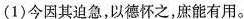
(1) 今因其迫急，以德怀之，庶能有用。